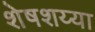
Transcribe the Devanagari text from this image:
शेषशय्या